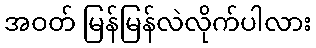
အဝတ် မြန်မြန်လဲလိုက်ပါလား